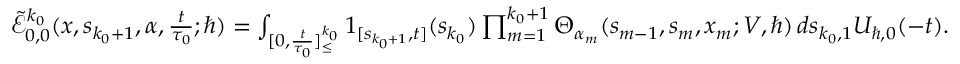
\begin{array} { r } { \tilde { \mathcal { E } } _ { 0 , 0 } ^ { k _ { 0 } } ( \boldsymbol { x } , s _ { k _ { 0 } + 1 } , \alpha , \frac { t } { \tau _ { 0 } } ; \hbar ) = \int _ { [ 0 , \frac { t } { \tau _ { 0 } } ] _ { \leq } ^ { k _ { 0 } } } \boldsymbol { 1 } _ { [ s _ { k _ { 0 } + 1 } , t ] } ( s _ { k _ { 0 } } ) \prod _ { m = 1 } ^ { k _ { 0 } + 1 } \Theta _ { \alpha _ { m } } ( s _ { m - 1 } , { s } _ { m } , x _ { m } ; V , \hbar ) \, d \boldsymbol { s } _ { k _ { 0 } , 1 } U _ { \hbar , 0 } ( - t ) . } \end{array}